Scottish Certificate of Education, 1962
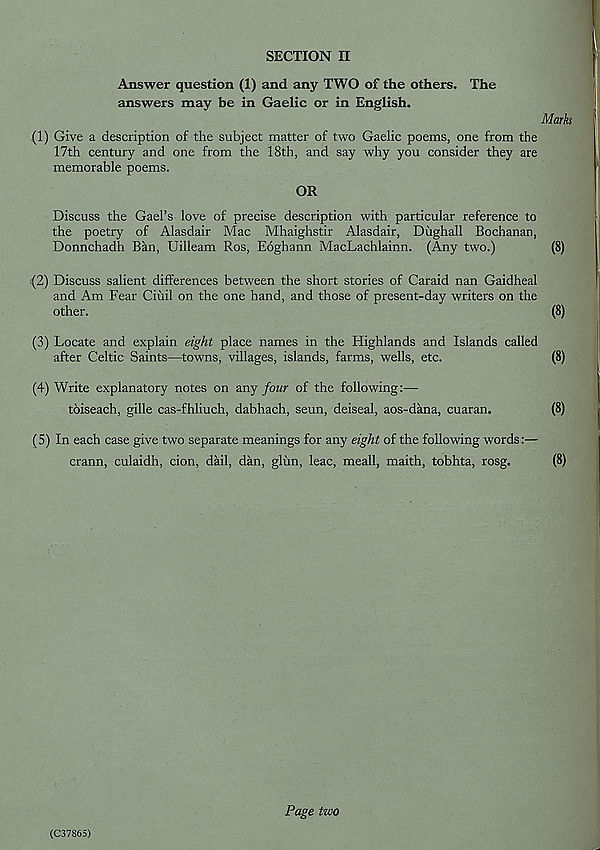
SECTION II
Answer question (1) and any TWO of the others. The
answers may be in Gaelic or in English.
(1) Give a description of the subject matter of two Gaelic poems, one from the
17th century and one from the 18th, and say why you consider they are
memorable poems.
OR
Discuss the Gael’s love of precise description with particular reference to
the poetry of Alasdair Mac Mhaighstir Alasdair, Diighall Bochanan,
Donnchadh Ban, Uilleam Ros, Eoghann MacLachlainn. (Any two.)
(2) Discuss salient differences between the short stories of Caraid nan Gaidheal
and Am Fear Ciiiil on the one hand, and those of present-day writers on the
other.
(3) Locate and explain eight place names in the Highlands and Islands called
after Celtic Saints—towns, villages, islands, farms, wells, etc.
(4) Write explanatory notes on any four of the following:—
toiseach, gille cas-fhliuch, dabhach, seun, deiseal, aos-dana, cuaran.
(5) In each case give two separate meanings for any eight of the following words:—
crann, culaidh, cion, dail, dan, glim, leac, meall, maith, tobhta, rosg.
(C37865)
Page two